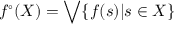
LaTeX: f ^ { \circ } ( X ) = \bigvee \{ f ( s ) | s \in X \}